Civil Veterinary Department ledger series I-VI
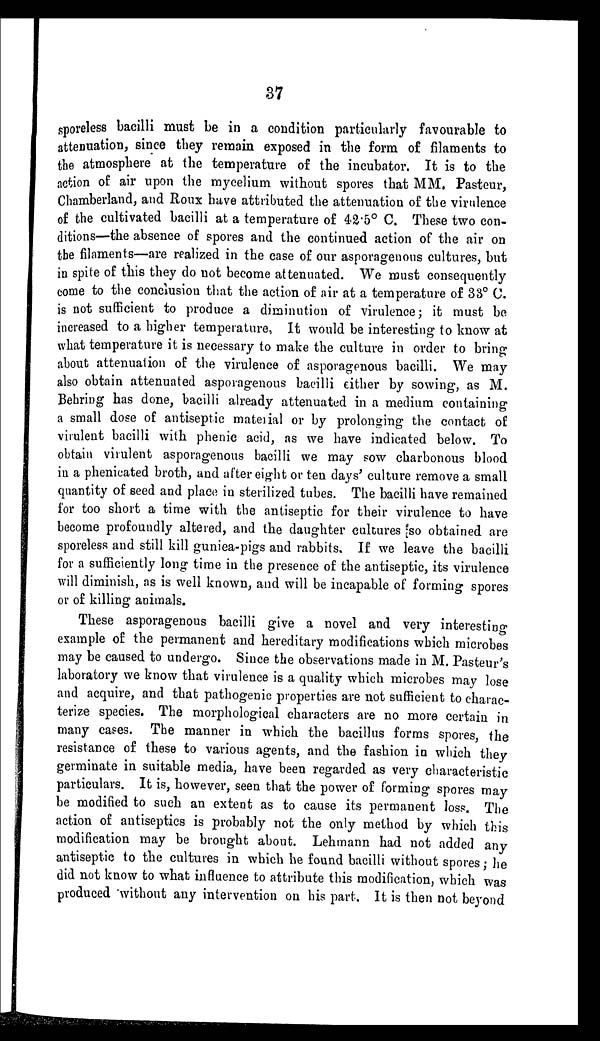
37
sporeless bacilli must be in a condition particularly favourable to
attenuation, since they remain exposed in the form of filaments to
the atmosphere at the temperature of the incubator. It is to the
action of air upon the mycelium without spores that MM. Pasteur,
Chamberland, and Roux have attributed the attenuation of the virulence
of the cultivated bacilli at a temperature of 42.5° C. These two con-
ditions—the absence of spores and the continued action of the air on
the filaments—are realized in the case of our asporagenous cultures, but
in spite of this they do not become attenuated. We must consequently
come to the conclusion that the action of air at a temperature of 33° C.
is not sufficient to produce a diminution of virulence ; it must be
increased to a higher temperature, It would be interesting to know at
what temperature it is necessary to make the culture in order to bring
about attenuation of the virulence of asporagenous bacilli. We may
also obtain attenuated asporagenous bacilli either by sowing, as M.
Behring has done, bacilli already attenuated in a medium containing
a small dose of antiseptic material or by prolonging the contact of
virulent bacilli with phenic acid, as we have indicated below. To
obtain virulent asporagenous bacilli we may sow charbonous blood
in a phenicated broth, and after eight or ten days' culture remove a small
quantity of seed and place in sterilized tubes. The bacilli have remained
for too short a time with the antiseptic for their virulence to have
become profoundly altered, and the daughter cultures so obtained are
sporeless and still kill guniea-pigs and rabbits. If we leave the bacilli
for a sufficiently long time in the presence of the antiseptic, its virulence
will diminish, as is well known, and will be incapable of forming spores
or of killing animals.
These asporagenous bacilli give a novel and very interesting
example of the permanent and hereditary modifications which microbes
may be caused to undergo. Since the observations made in M. Pasteur's
laboratory we know that virulence is a quality which microbes may lose
and acquire, and that pathogenic properties are not sufficient to charac-
terize species. The morphological characters are no more certain in
many cases. The manner in which the bacillus forms spores, the
resistance of these to various agents, and the fashion in which they
germinate in suitable media, have been regarded as very characteristic
particulars. It is, however, seen that the power of forming spores may
be modified to such an extent as to cause its permanent loss. The
action of antiseptics is probably not the only method by which this
modification may be brought about. Lehmann had not added any
antiseptic to the cultures in which he found bacilli without spores; he
did not know to what influence to attribute this modification, which was
produced without any intervention on his part. It is then not beyond